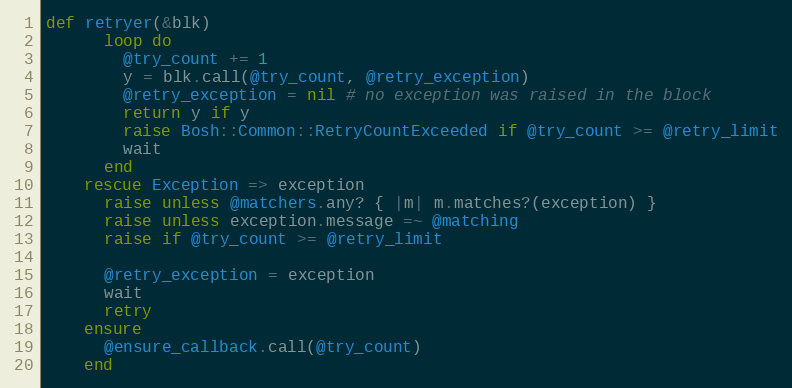
Language: Ruby
def retryer(&blk)
      loop do
        @try_count += 1
        y = blk.call(@try_count, @retry_exception)
        @retry_exception = nil # no exception was raised in the block
        return y if y
        raise Bosh::Common::RetryCountExceeded if @try_count >= @retry_limit
        wait
      end
    rescue Exception => exception
      raise unless @matchers.any? { |m| m.matches?(exception) }
      raise unless exception.message =~ @matching
      raise if @try_count >= @retry_limit

      @retry_exception = exception
      wait
      retry
    ensure
      @ensure_callback.call(@try_count)
    end